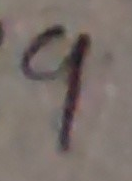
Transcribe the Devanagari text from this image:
प